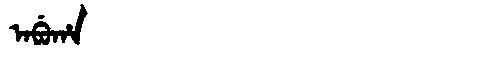
Manchu: ᠠᠪᡠᡥᠠ
Romanization: ABUHA